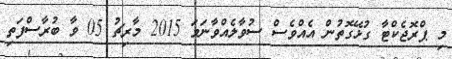
މި ޕްރޮޖެކްޓާ ގުޅޭގޮތުން އެއްވެސް ސުވާލެއްވާނަމަ 2015 މާރިޗު 05 ވާ ބުރާސްފަތި